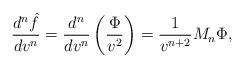
LaTeX: \begin{align*} \frac{d^n\hat{f}}{dv^n}=\frac{d^n}{dv^n}\left(\frac{\Phi}{v^2}\right)=\frac{1}{v^{n+2}}M_n\Phi,\end{align*}